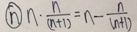
\textcircled { n } n \cdot \frac { n } { ( n + 1 ) } = n - \frac { n } { ( n + 1 ) }